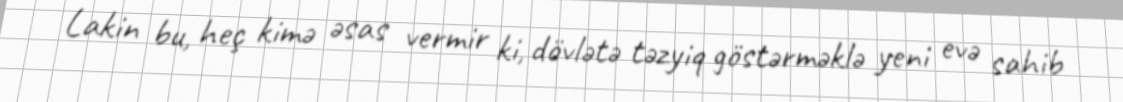
Lakin bu, heç kimə əsas vermir ki, dövlətə təzyiq göstərməklə yeni evə sahib